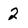
Character: 2